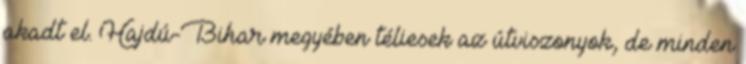
akadt el. Hajdú-Bihar megyében téliesek az útviszonyok, de minden